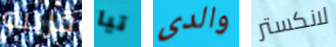
قريبه تيا والدى لانكستر